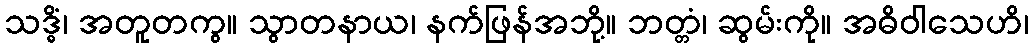
သဒ္ဓိံ၊ အတူတကွ။ သွာတနာယ၊ နက်ဖြန်အဘို့။ ဘတ္တံ၊ ဆွမ်းကို။ အဓိဝါသေဟိ၊